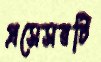
প্রসেসরটি